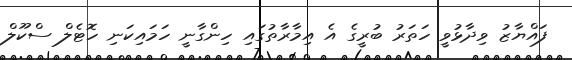
ފައްޔާޒު ވިދާޅުވީ ހަތަރު ބުރީގެ އެ އިމާރާތުގައި ހިންގާނީ ހަމައިކަނި ހޮޓެލް ސްކޫލް